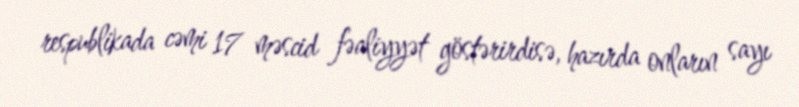
respublikada cəmi 17 məscid fəaliyyət göstərirdisə, hazırda onların sayı